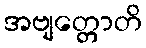
အဗျတ္တောတိ